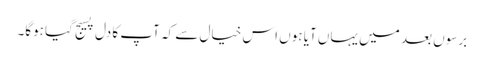
برسوں بعد میں یہاں آیا ہوں اس خیال سے کہ آپ کا دل پسیج گیا ہوگا۔